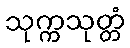
သုက္ကသုတ္တံ